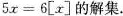
$$5x=6[x]$$的解集。